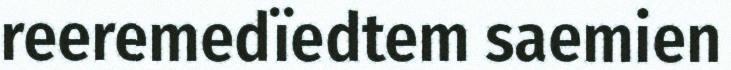
reeremedïedtem saemien